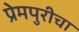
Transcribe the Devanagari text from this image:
प्रेमपुरीचा